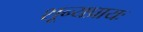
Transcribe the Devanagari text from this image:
शून्यप्रायः